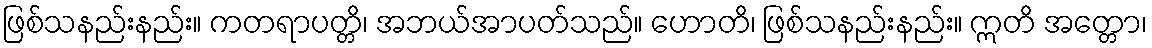
ဖြစ်သနည်းနည်း။ ကတရာပတ္တိ၊ အဘယ်အာပတ်သည်။ ဟောတိ၊ ဖြစ်သနည်းနည်း။ ဣတိ အတ္တော၊